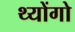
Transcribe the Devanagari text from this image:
थ्योंगो